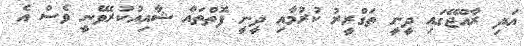
އަދި ރާއްޖޭގައި ދީނީ ތަގްރީރު ކުރުމާއި ދީނީ ފޮތްތައް ޝާއިއުކުރެވޭނީ ވެސް އެ